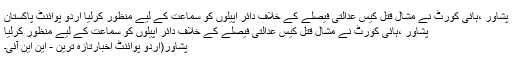
پشاور ،ْہائی کورٹ نے مشال قتل کیس عدالتی فیصلے کے خلاف دائر اپیلوں کو سماعت کے لیے منظور کرلیا اُردو پوائنٹ پاکستان
پشاور ،ْہائی کورٹ نے مشال قتل کیس عدالتی فیصلے کے خلاف دائر اپیلوں کو سماعت کے لیے منظور کرلیا
پشاور(اُردو پوائنٹ اخبارتازہ ترین - این این آئی۔